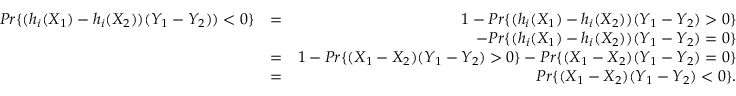
\begin{array} { r l r } { P r \{ ( h _ { i } ( X _ { 1 } ) - h _ { i } ( X _ { 2 } ) ) ( Y _ { 1 } - Y _ { 2 } ) ) < 0 \} } & { = } & { 1 - P r \{ ( h _ { i } ( X _ { 1 } ) - h _ { i } ( X _ { 2 } ) ) ( Y _ { 1 } - Y _ { 2 } ) > 0 \} } \\ & { } & { - P r \{ ( h _ { i } ( X _ { 1 } ) - h _ { i } ( X _ { 2 } ) ) ( Y _ { 1 } - Y _ { 2 } ) = 0 \} } \\ & { = } & { 1 - P r \{ ( X _ { 1 } - X _ { 2 } ) ( Y _ { 1 } - Y _ { 2 } ) > 0 \} - P r \{ ( X _ { 1 } - X _ { 2 } ) ( Y _ { 1 } - Y _ { 2 } ) = 0 \} } \\ & { = } & { P r \{ ( X _ { 1 } - X _ { 2 } ) ( Y _ { 1 } - Y _ { 2 } ) < 0 \} . } \end{array}